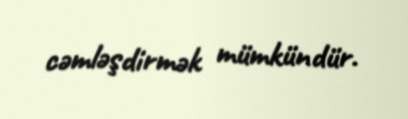
cəmləşdirmək mümkündür.